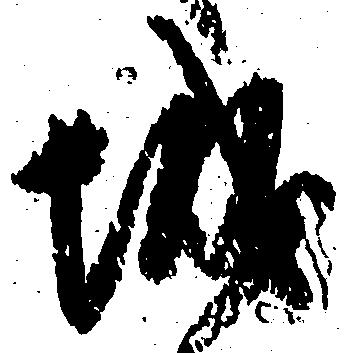
城